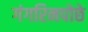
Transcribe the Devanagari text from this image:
गंगरिनपोछे